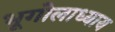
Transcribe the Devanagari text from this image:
भूगोलाध्याय